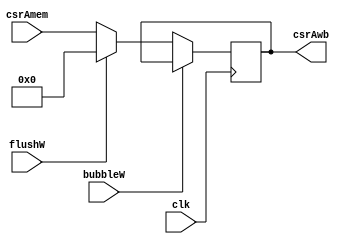
`timescale 1ns / 1ps
//////////////////////////////////////////////////////////////////////////////////
// Company: USTC 
// 
// Design Name: RV32I Core
// Module Name: csrDwb
// Tool Versions: Vivado 2017.4.1
// Description: write back CSR Register address
// 
//////////////////////////////////////////////////////////////////////////////////


//  
    //  MEM\WB write back csr address
// 
    // clk               
    //csrAmem            MEMcsr??
    // bubbleW           MEMbubble
    // flushW            MEMflush
// 
    // csrAwb       CSR??
// 
    // 

module csrAddrwb(
    input wire clk, bubbleW, flushW,
    input wire [31:0] csrAmem,
    output reg [31:0] csrAwb
    );

    initial csrAwb = 0;
    
    always@(posedge clk)
        if (!bubbleW) 
        begin
            if (flushW)
                csrAwb <= 0;
            else 
                csrAwb <= csrAmem;
        end
    
endmodule